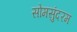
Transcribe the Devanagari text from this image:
सोमसुंदरम